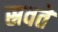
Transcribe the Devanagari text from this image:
स्रवते